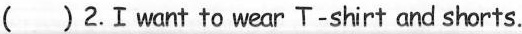
( ) 2.Ⅰwant to wear T-shirt and shorts.